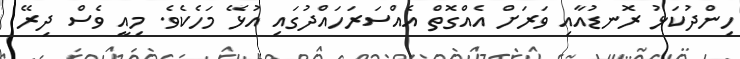
ހިންދުކަޅު ރޮނޑުއާއި ވަރަށް އެއްގޮތް އެއްސަރަހައްދުގައި އުޅޭ މަހެކެވެ. މިއީ ވެސް ދިރޭ